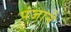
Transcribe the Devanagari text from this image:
पंजाने